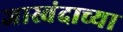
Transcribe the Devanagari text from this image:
जास्वंदाच्या